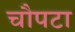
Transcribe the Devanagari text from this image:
चौपटा